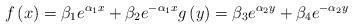
LaTeX: \begin{align*}f\left( x\right) =\beta _{1}e^{\alpha _{1}x}+\beta _{2}e^{-\alpha _{1}x}g\left( y\right) =\beta _{3}e^{\alpha _{2}y}+\beta_{4}e^{-\alpha _{2}y} \end{align*}